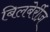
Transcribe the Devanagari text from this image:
बिलबेर्रीज़